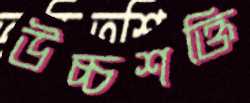
উচ্চশক্তি